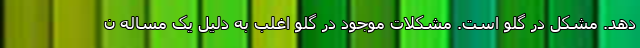
دهد. مشکل در گلو است. مشکلات موجود در گلو اغلب به دلیل یک مساله ن